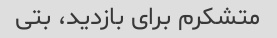
متشکرم برای بازدید، بتی